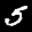
Label: 5